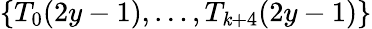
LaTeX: \{ T_{0}(2y-1),\ldots,T_{\mathit{k}+4}(2y-1)\}